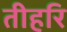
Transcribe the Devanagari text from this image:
तीहरि